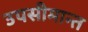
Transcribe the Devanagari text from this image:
उपसीमान्त